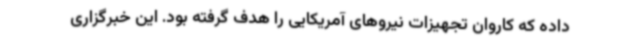
داده که کاروان تجهیزات نیروهای آمریکایی را هدف گرفته بود. این خبرگزاری